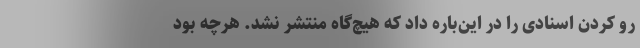
رو کردن اسنادی را در این‌باره داد که هیچ‌گاه منتشر نشد. هرچه بود